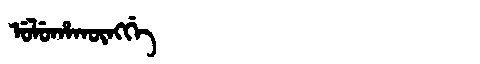
Manchu: ᡠᠯᡠᡥᠠᡴᡡᠩᡤᡝ
Romanization: ULUHAKŪNGGE